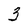
Character: 3